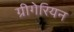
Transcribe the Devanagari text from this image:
ग्रीगेरियन